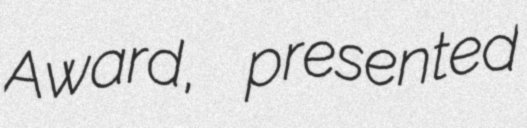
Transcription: Award, presented